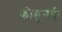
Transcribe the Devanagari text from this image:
फोडूनही